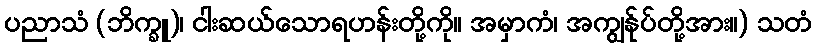
ပညာသံ (ဘိက္ခူ)၊ ငါးဆယ်သောရဟန်းတို့ကို။ အမှာကံ၊ အကျွန်ုပ်တို့အား။) သတံ